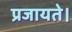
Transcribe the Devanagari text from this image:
प्रजायते।